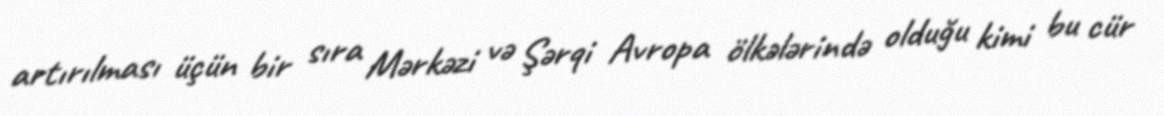
artırılması üçün bir sıra Mərkəzi və Şərqi Avropa ölkələrində olduğu kimi bu cür